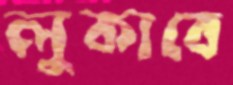
লুকাবে